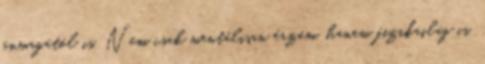
önmagától is. Nem csak mentálisan érzem, hanem fizikailag is,